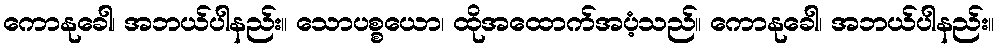
ကောနုခေါ၊ အဘယ်ပါနည်း။ သောပစ္စယော၊ ထိုအထောက်အပံ့သည်။ ကောနုခေါ၊ အဘယ်ပါနည်း။